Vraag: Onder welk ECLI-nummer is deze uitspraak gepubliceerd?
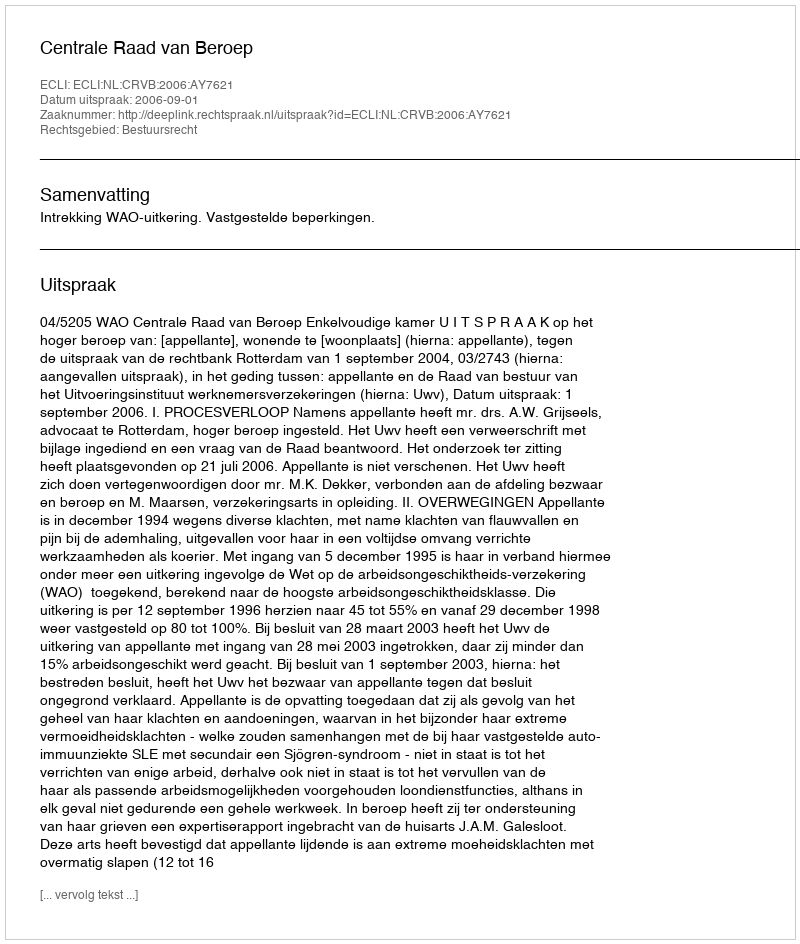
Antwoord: ECLI:NL:CRVB:2006:AY7621